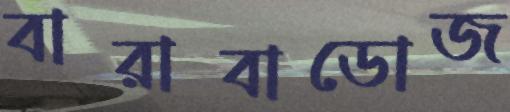
বারাবাডোজ